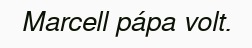
Marcell pápa volt.